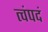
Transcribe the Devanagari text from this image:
त्वंपदं